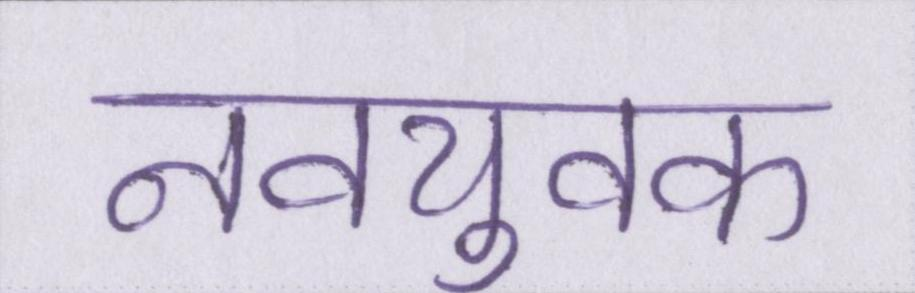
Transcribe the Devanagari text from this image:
नवयुवक